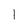
Character: l